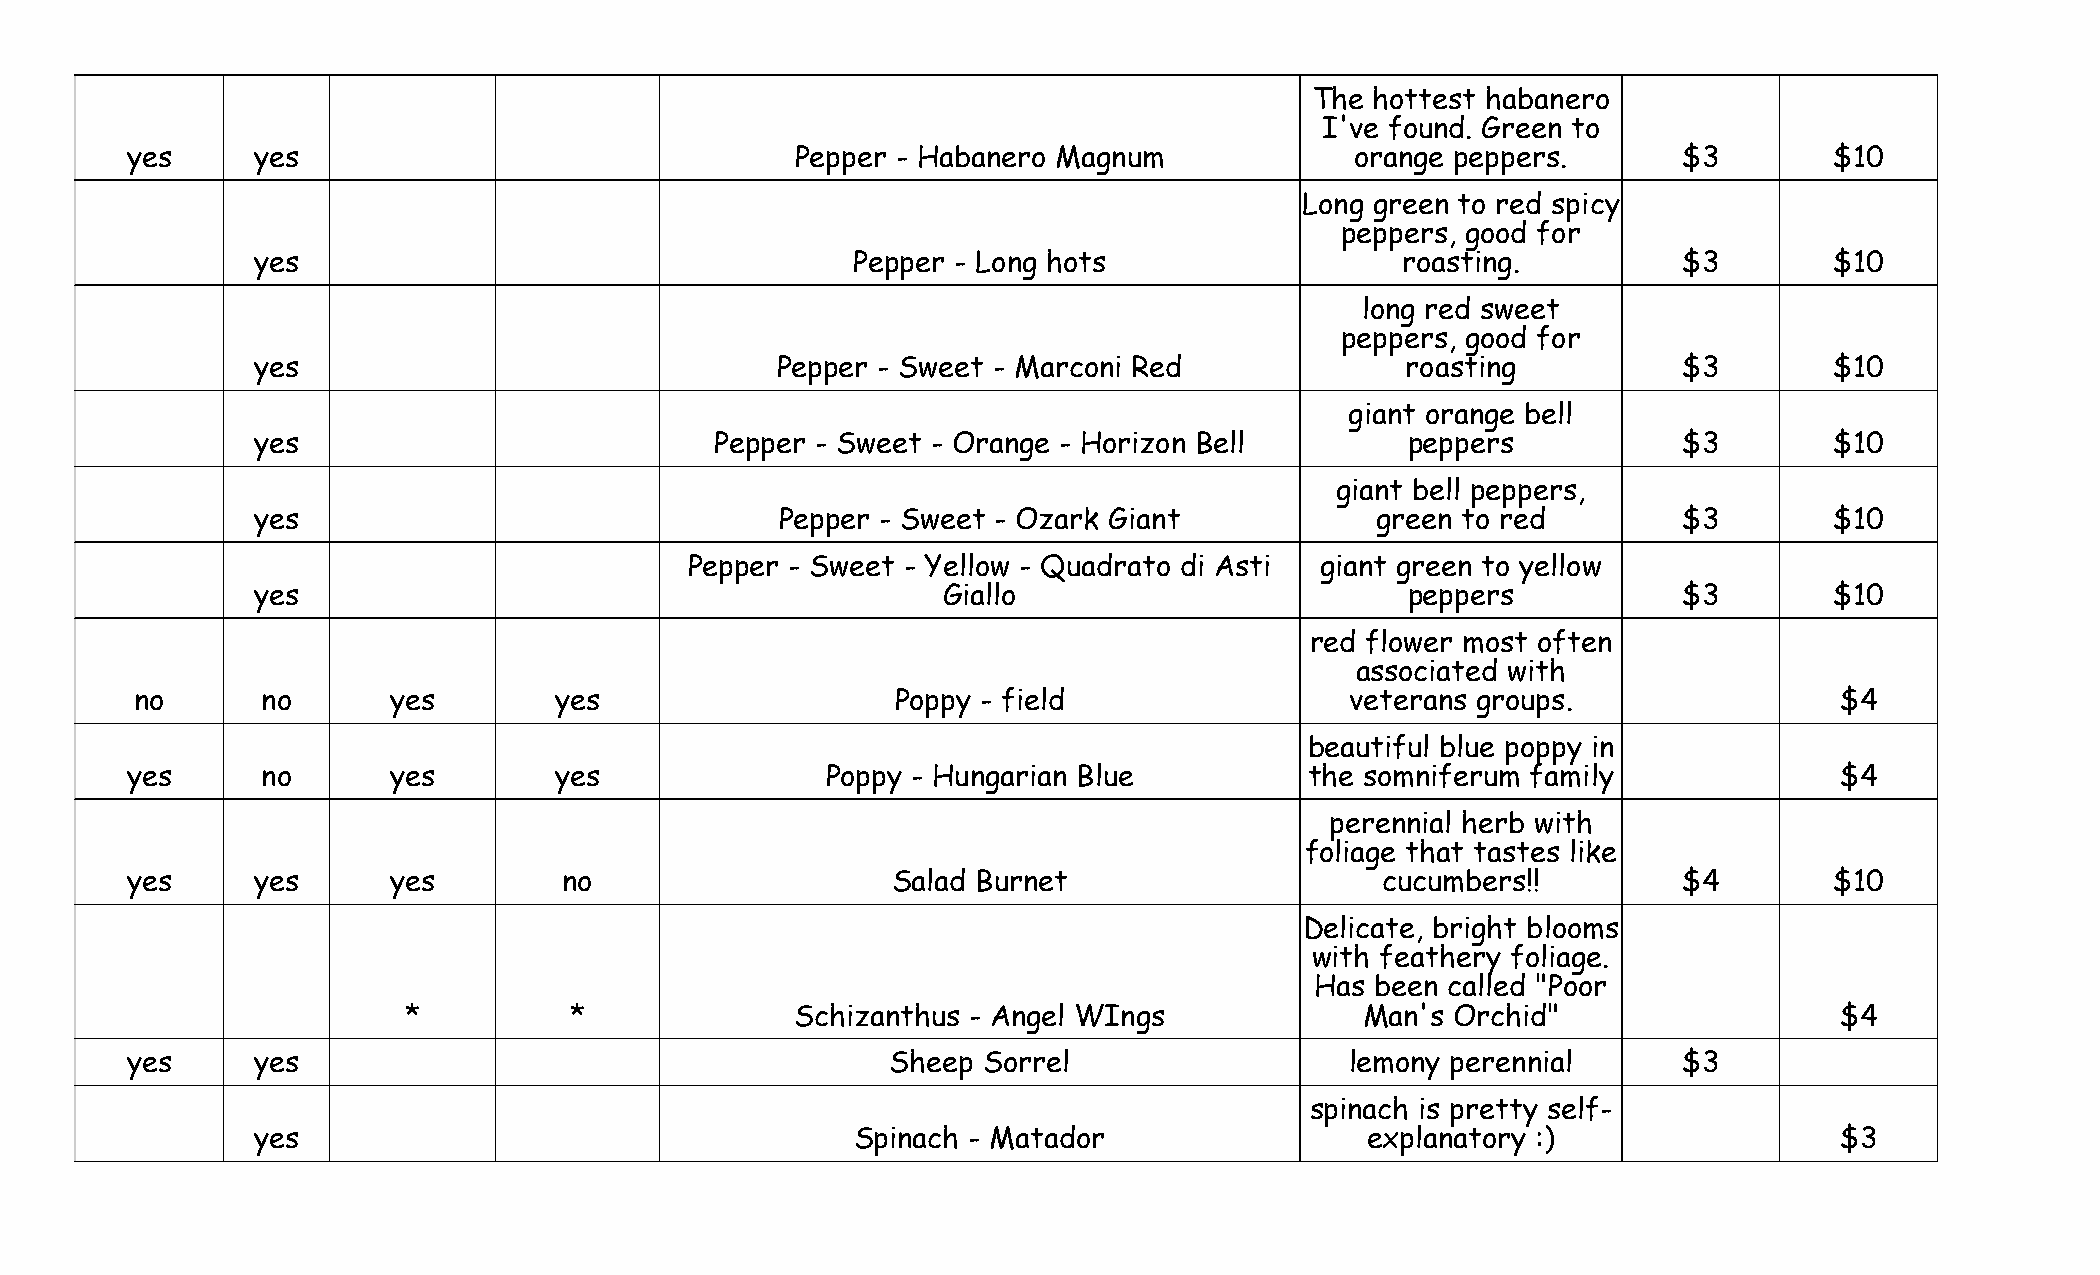
The hottest habanero
 I've found. Green to
 yes      yes                                 Pepper - Habanero Magnum             orange peppers.      $3        $10
 Long green to red spicy
 peppers, good for
 yes                                     Pepper - Long hots                  roasting.         $3        $10
 long red sweet
 peppers, good for
 yes                               Pepper - Sweet - Marconi Red              roasting          $3        $10
 giant orange bell
 yes                           Pepper - Sweet - Orange - Horizon Bell        peppers           $3        $10
 giant bell peppers,
 yes                                Pepper - Sweet - Ozark Giant           green to red        $3        $10
 Pepper - Sweet - Yellow - Quadrato di Asti giant green to yellow
 yes                                          Giallo                         peppers           $3        $10
 red flower most often
 associated with
 no      no       yes        yes                   Poppy - field                 veterans groups.                 $4
 beautiful blue poppy in
 yes      no       yes        yes               Poppy - Hungarian Blue          the somniferum family              $4
 perennial herb with
 foliage that tastes like
 yes      yes      yes        no                    Salad Burnet                    cucumbers!!         $4        $10
 Delicate, bright blooms
 with feathery foliage.
 Has been called "Poor
 *          *              Schizanthus - Angel WIngs            Man's Orchid"                   $4
 yes      yes                                       Sheep Sorrel                  lemony perennial      $3
 spinach is pretty self-
 yes                                     Spinach - Matador                explanatory :)                  $3